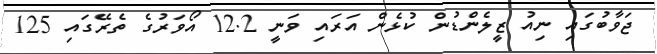
ޖަވާބުގައި ނިއު ޒީލެންޑުން ކުޅެން އަރައި ވަނީ 12.2 އޯވަރުގެ ތެރޭގައި 125